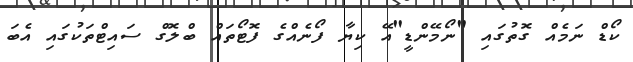
ކޯޑް ނަމެއް ގޮތުގައި "ނޯމޭންޑީ"އޭ ކިޔާ ފޯނެއްގެ ފޮޓޯތައް ބްލޮގް ސައިޓްތަކުގައި އެބަ